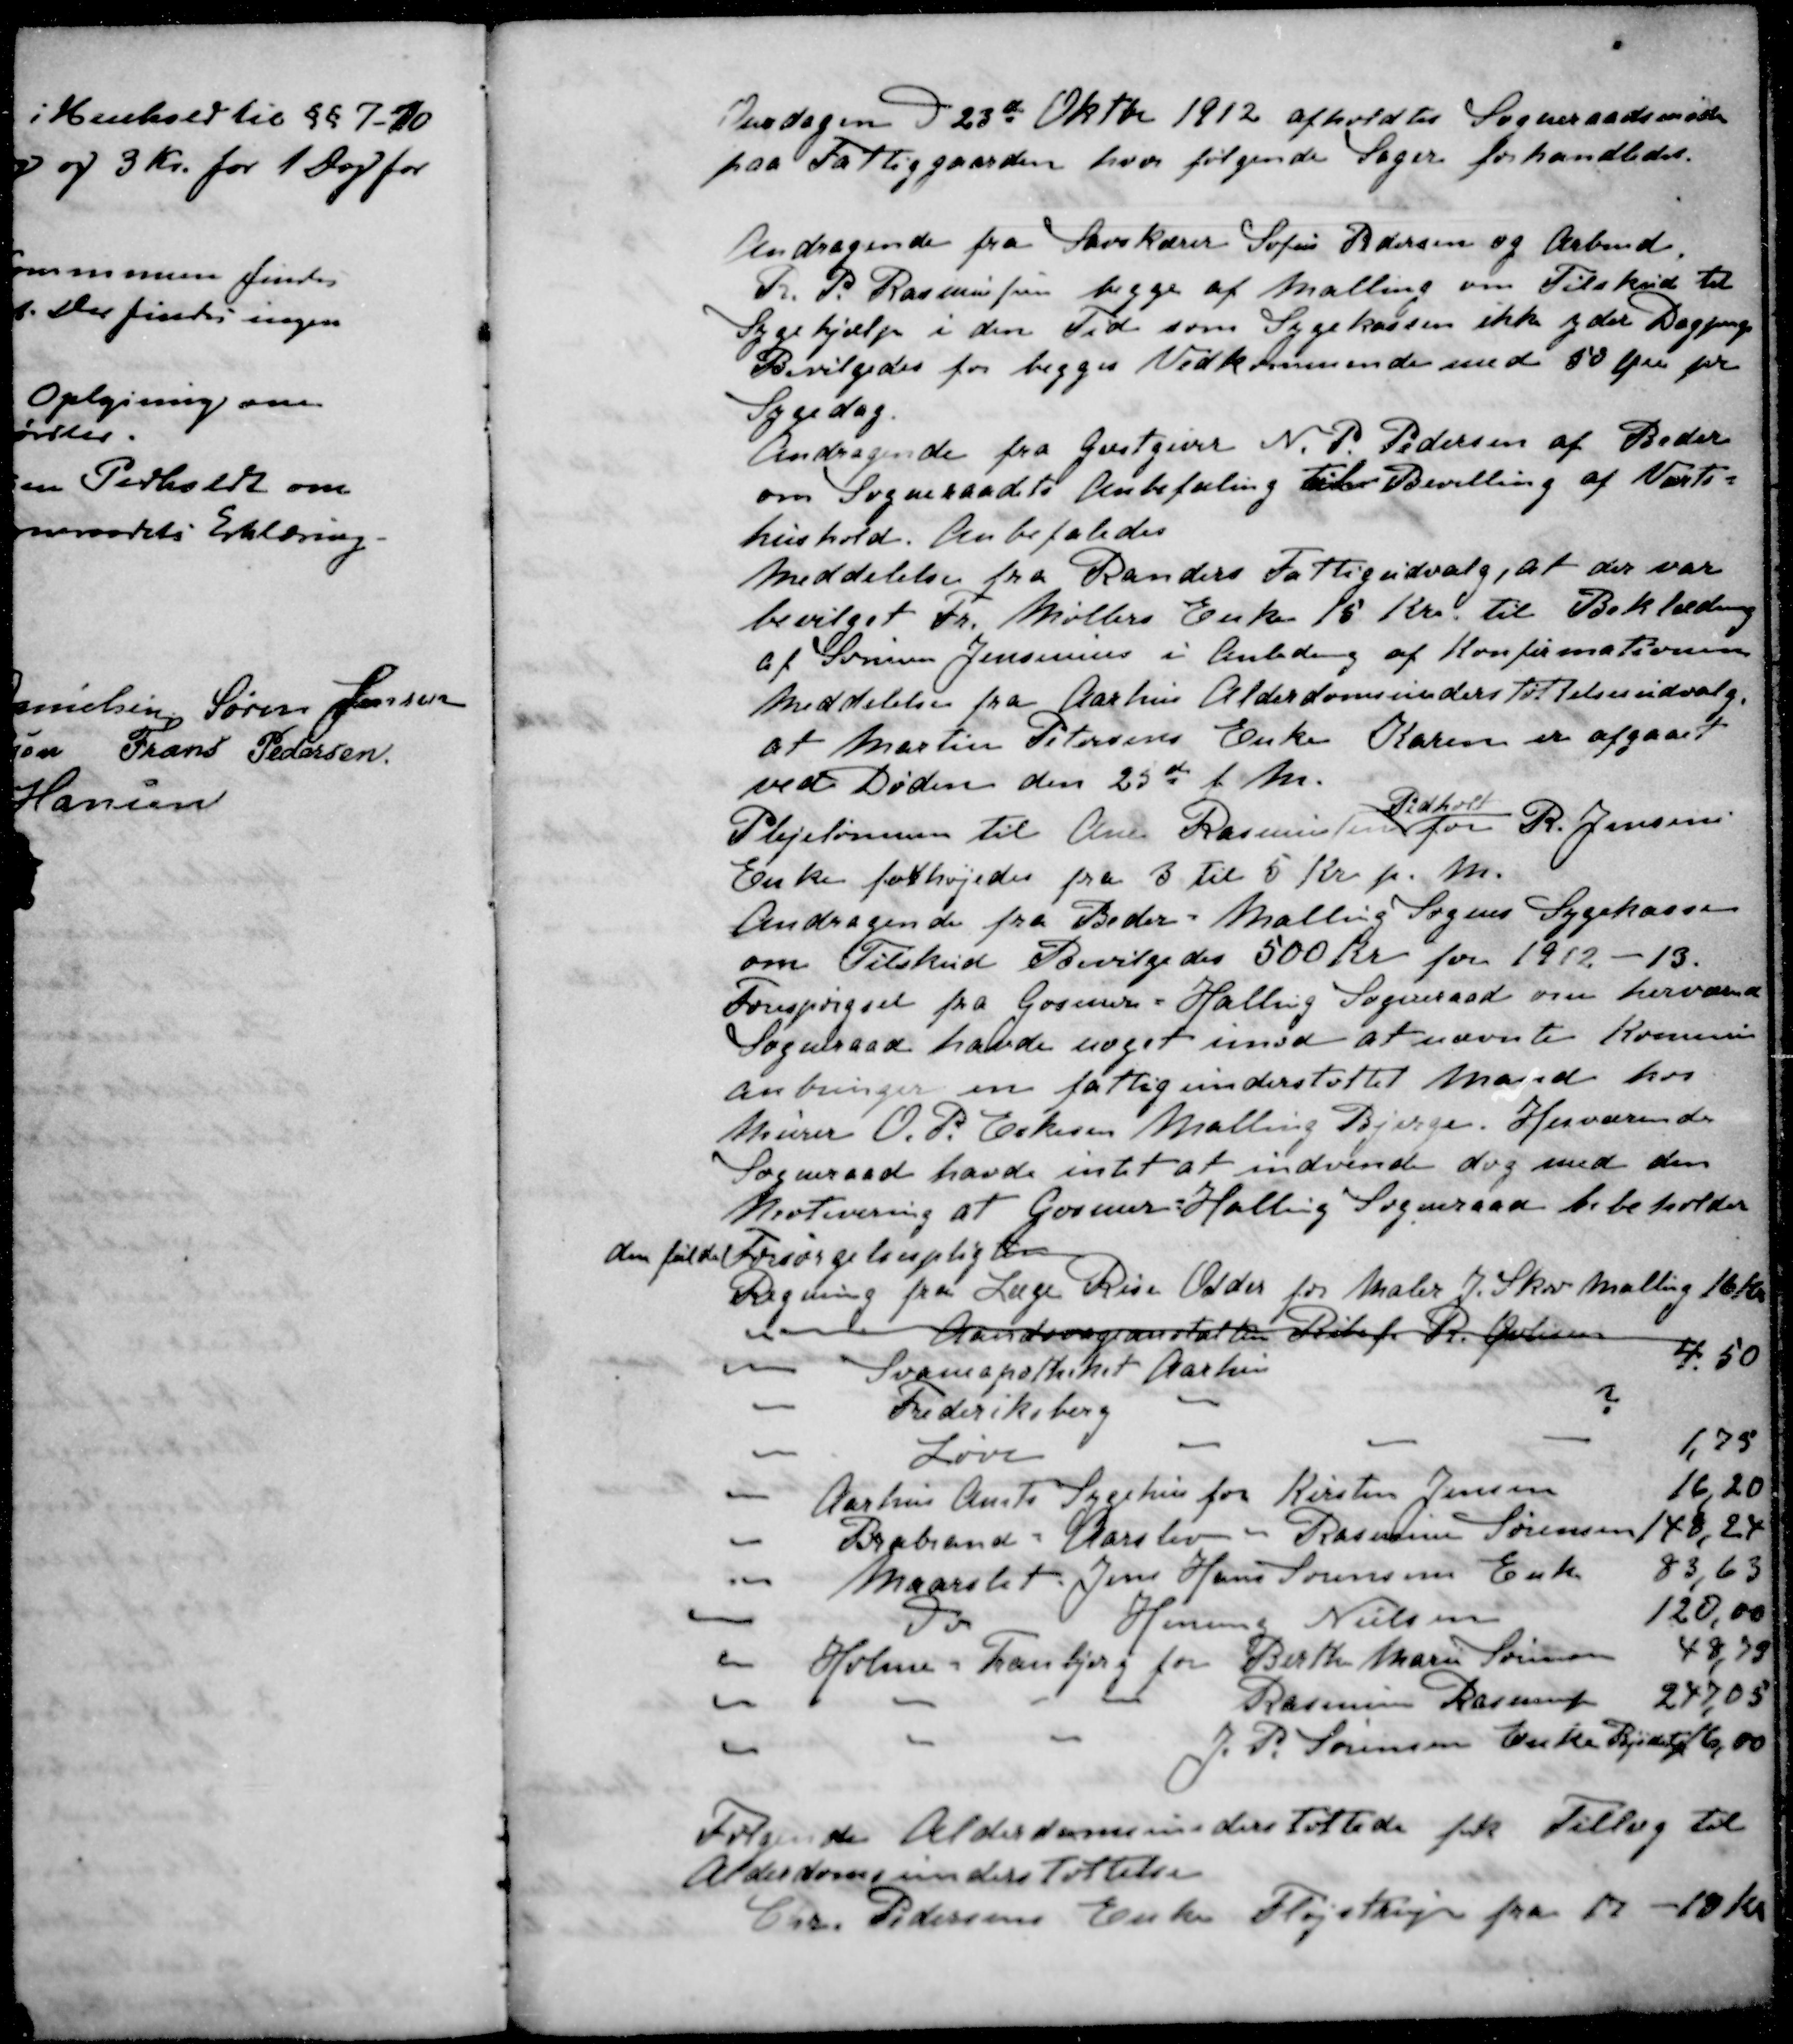
Transskription:
Onsdagen d 23de Oktbr 1912 afholdtes Sogneraadsmøde
paa Fattiggaarden, hvor følgende Sager forhandledes.
Andragende fra Savskærer Sofus Pedersen og Arbmd.
Fr. P. Rasmussen begge af Malling om Tilskud til
Sygehjælp i den Tid som Sygekassen ikke ydet Dagpenge
Bevilgedes for begges Vedkommende med 50 Øre pr
Sygedag.
Andragende fra Gæstgiver N. P. Pedersen af Beder
om Sogneraadets Anbefaling til Bevilling af Værts-
hushold. Anbefaledes
Meddelelse fra Randers Fattigudvalg, at der var
bevilget Fr. Møllers Enke 15 Kr. til Beklædning
af Søren Jensenius i Anledning af Konfirmationen
Meddelelse fra Aarhus Alderdomsunderstøttelsesudvalg.
at Martin Petersens Enke Karen er afgaaet
ved Døden den 25de f. M.
Pedholt
Plejelønnen til Ane Rasmussen for R. Jensens
Enke forhøjedes fra 3 til 5 Kr p. M.
Andragende fra Beder - Malling Sogns Sygekasse
om Tilskud Bevilgedes 500 Kr for 1912-13.
Forespørgsel fra Gosmer-Halling Sogneraad om herværende
Sogneraad havde noget imod at nævnte Kommune
anbringer en fattigunderstøttet Mand hos
Murer O. P. Eskesen Malling Bjerge. Herværende
Sogneraad havde intet at indvende dog med den
Motivering af Gosmer- Hallig Sogneraad bibeholder
den fulde Forsørgelsespligten
Regning fra Læge Rise Odder for Maler J Skov Malling 16 Kr
" Aandsvageanstalten Ribe f. R. Oversen
- Svaneapoteket Aarhus 4,50
- Frederiksberg - ?
- Løve - - - 1,75
- Aarhus Amts Sygehus for Kirsten Jensen 16,20
- Brabrand Aarslev " Rasmine Sørensen 148, 24
- Maarslet Jens Hans Sørensens Enke 83,63
- do Henning Nielsen 120,00
- Holme - Tranbjerg for Berthe Marie Sørensen 48,79
- - - -Rasmmine Rasmussen 247,05
- - - J. P. Sørensen Enke Kjøden 6,00
Følgende Alderdomsunderstøttede fik Tillæg til
Alderdomsunderstøttelsen
Crr. Pedersens Enke Fløjstrup fra 17 - 18 Kr